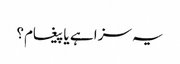
یہ سزا ہے یا پیغام؟